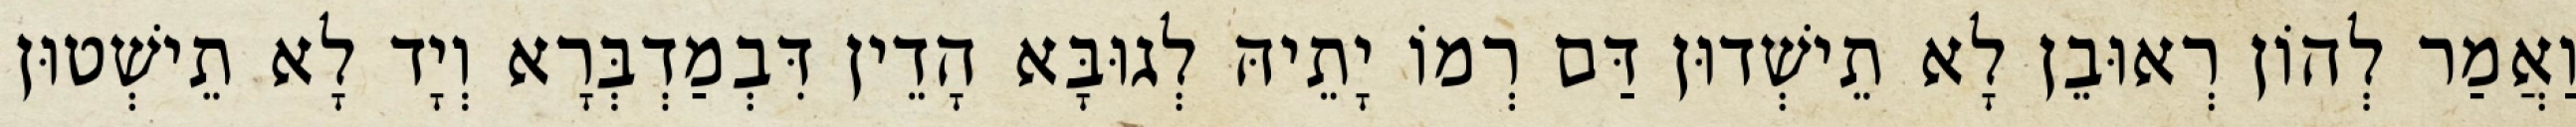
וַאֲמַר לְהוֹן רְאוּבֵן לָא תֵישְׁדוּן דַּם רְמוֹ יָתֵיהּ לְגוּבָּא הָדֵין דִּבְמַדְבְּרָא וְיָד לָא תֵישְׁטוּן